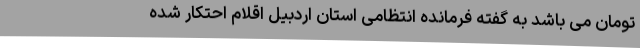
تومان می باشد به گفته فرمانده انتظامی استان اردبیل اقلام احتکار شده